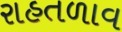
રાહતળાવ